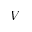
V